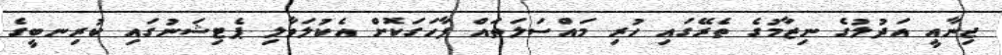
ޖިނާއީ އަދުލުގެ ނިޒާމުގެ ތެރޭގައި ހުރި މައްސަލަތައް ފާހަގަކޮށް އެކުލަވާލި ޕެޓިޝަނުގައި ކުރިނބީގެ